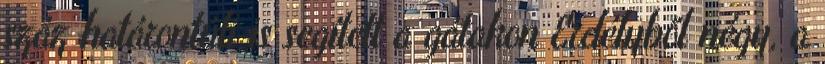
száz határontúli is segített a gátakon Erdélyből négy, a